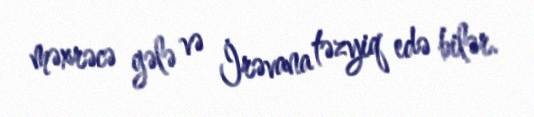
məxrəcə gələ və İrəvana təzyiq edə bilər.